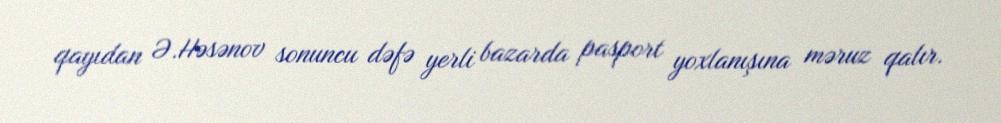
qayıdan Ə.Həsənov sonuncu dəfə yerli bazarda pasport yoxlanışına məruz qalır.